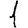
Digit: 1